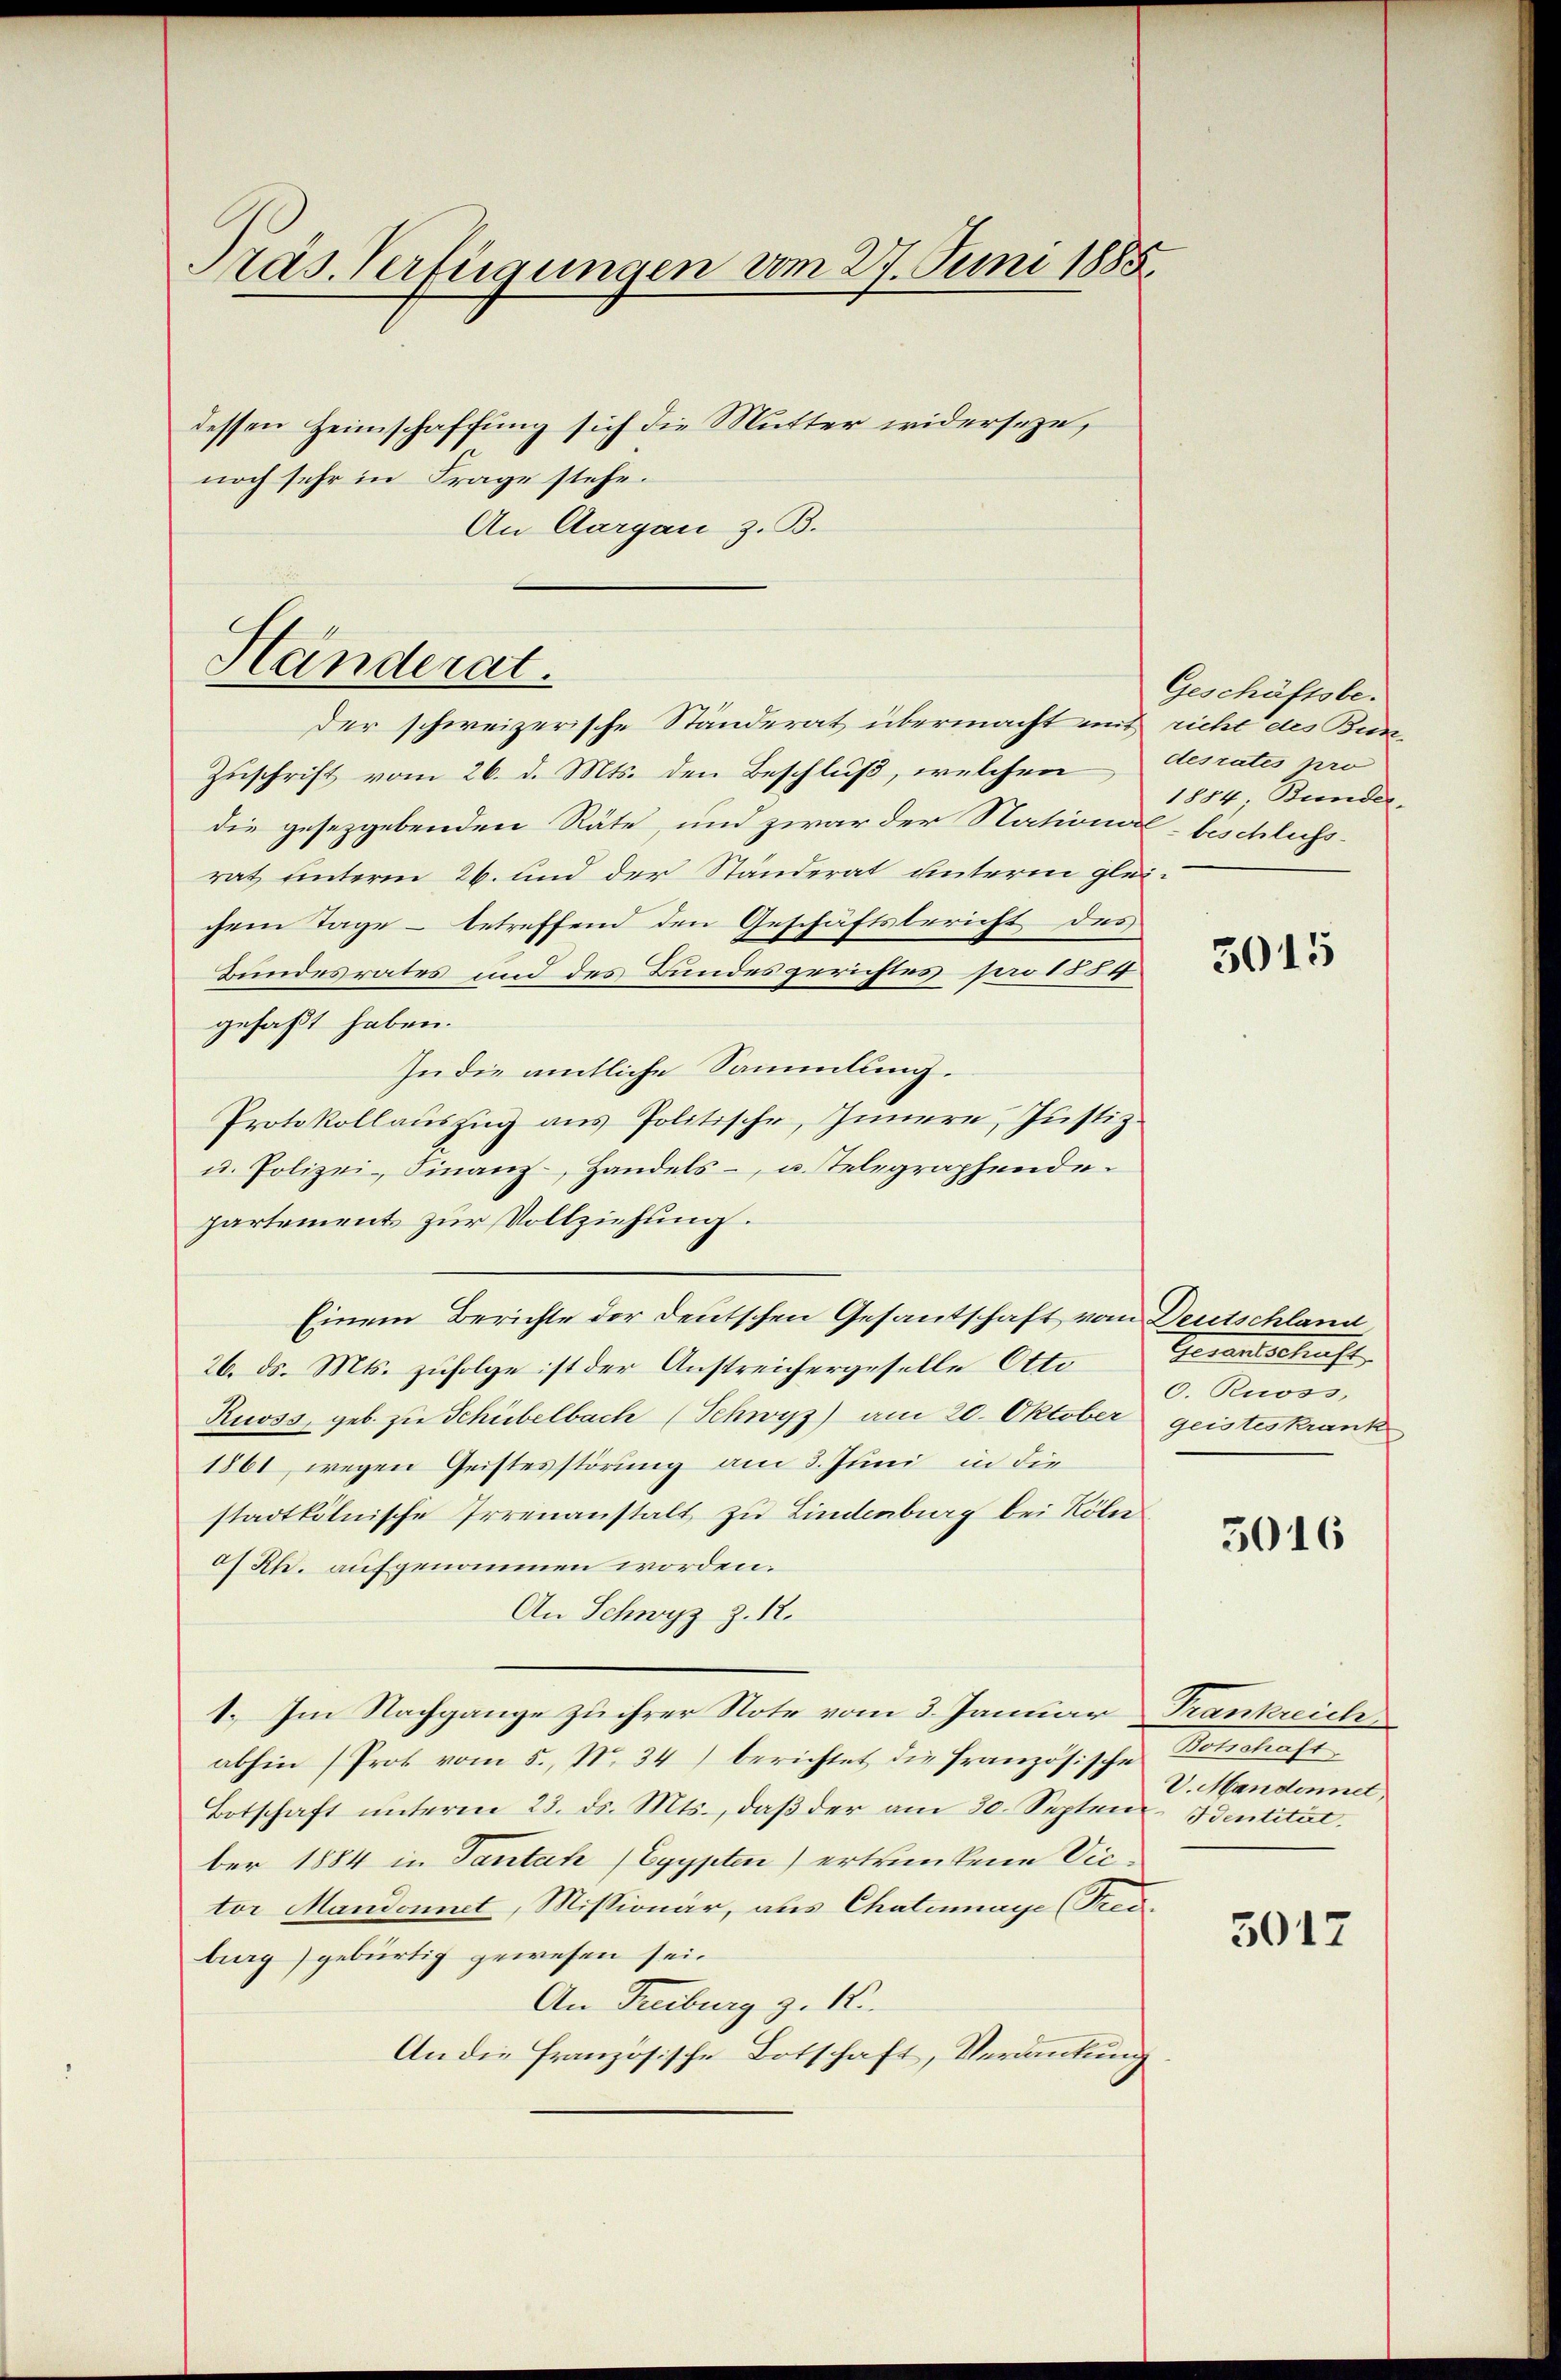
Präs. Verfügungen vom 27. Juni 1885.
dessen Heimschaffung sich die Mutter widerseze,
noch sehr in Frage stehe.
An Aargau z. B.

Händerat.

der schweizerische Ständerat übermacht mit richt des Bun¬
Zuschrift vom 26. d. Mts. den Beschluß, welchen Aesrates pro
die gesezgebenden Räte, und zwar der National- beschluss-
rat unterm 26. und der Ständerat unterm gleichem Tage – betreffend den Geschäftsbericht des
Bundesrates und des Bundesgerichtes pro 1854
gefaßt haben.
In die amtliche Sammlung.
Protokollauszug aus Politische, Innern, Justiz.
u. Polizei- Finanz- Handels- u. Telegraphende
partement zur Vollziehung.
Einem Berichte der Deutschen Gesantschaft vom Deutschland
26. ds. Mts. zufolge ist der Anstreichergeselle Otti¬
Ruoss, geb. zu Schübelbach (Schwyz) am 20. Oktober geisteskrank
1861 wegen Geistesstörung am 3. Juni in die
stadtkölnische Irrenanstalt zu Lindenburg bei Röler
d) Rh. aufgenommen worden.
An Schwyz z. 12.
1. Im Nachgange zu ihrer Note vom 3. Januar Frankreich
abhin (Prot vom 5. No. 34) berichtet die französische
Botschaft unterm 23. ds. Mts., daβ der am 30. Septem Bentität,
ber 1884 in Tantah (Egypten) ertrunkene Victor Mandonnet, Missionär, aus Chatenmaye (Tred-
burg) gebürtig gewesen sei.
An Freiburg z. 18.
An die französische Botschaft, Verdankung

Geschäftsbe¬
1884, Bunder.

5015

Gerandeshaust
O. Ross

3016

Schiedense
V. Mandonnet,

5017